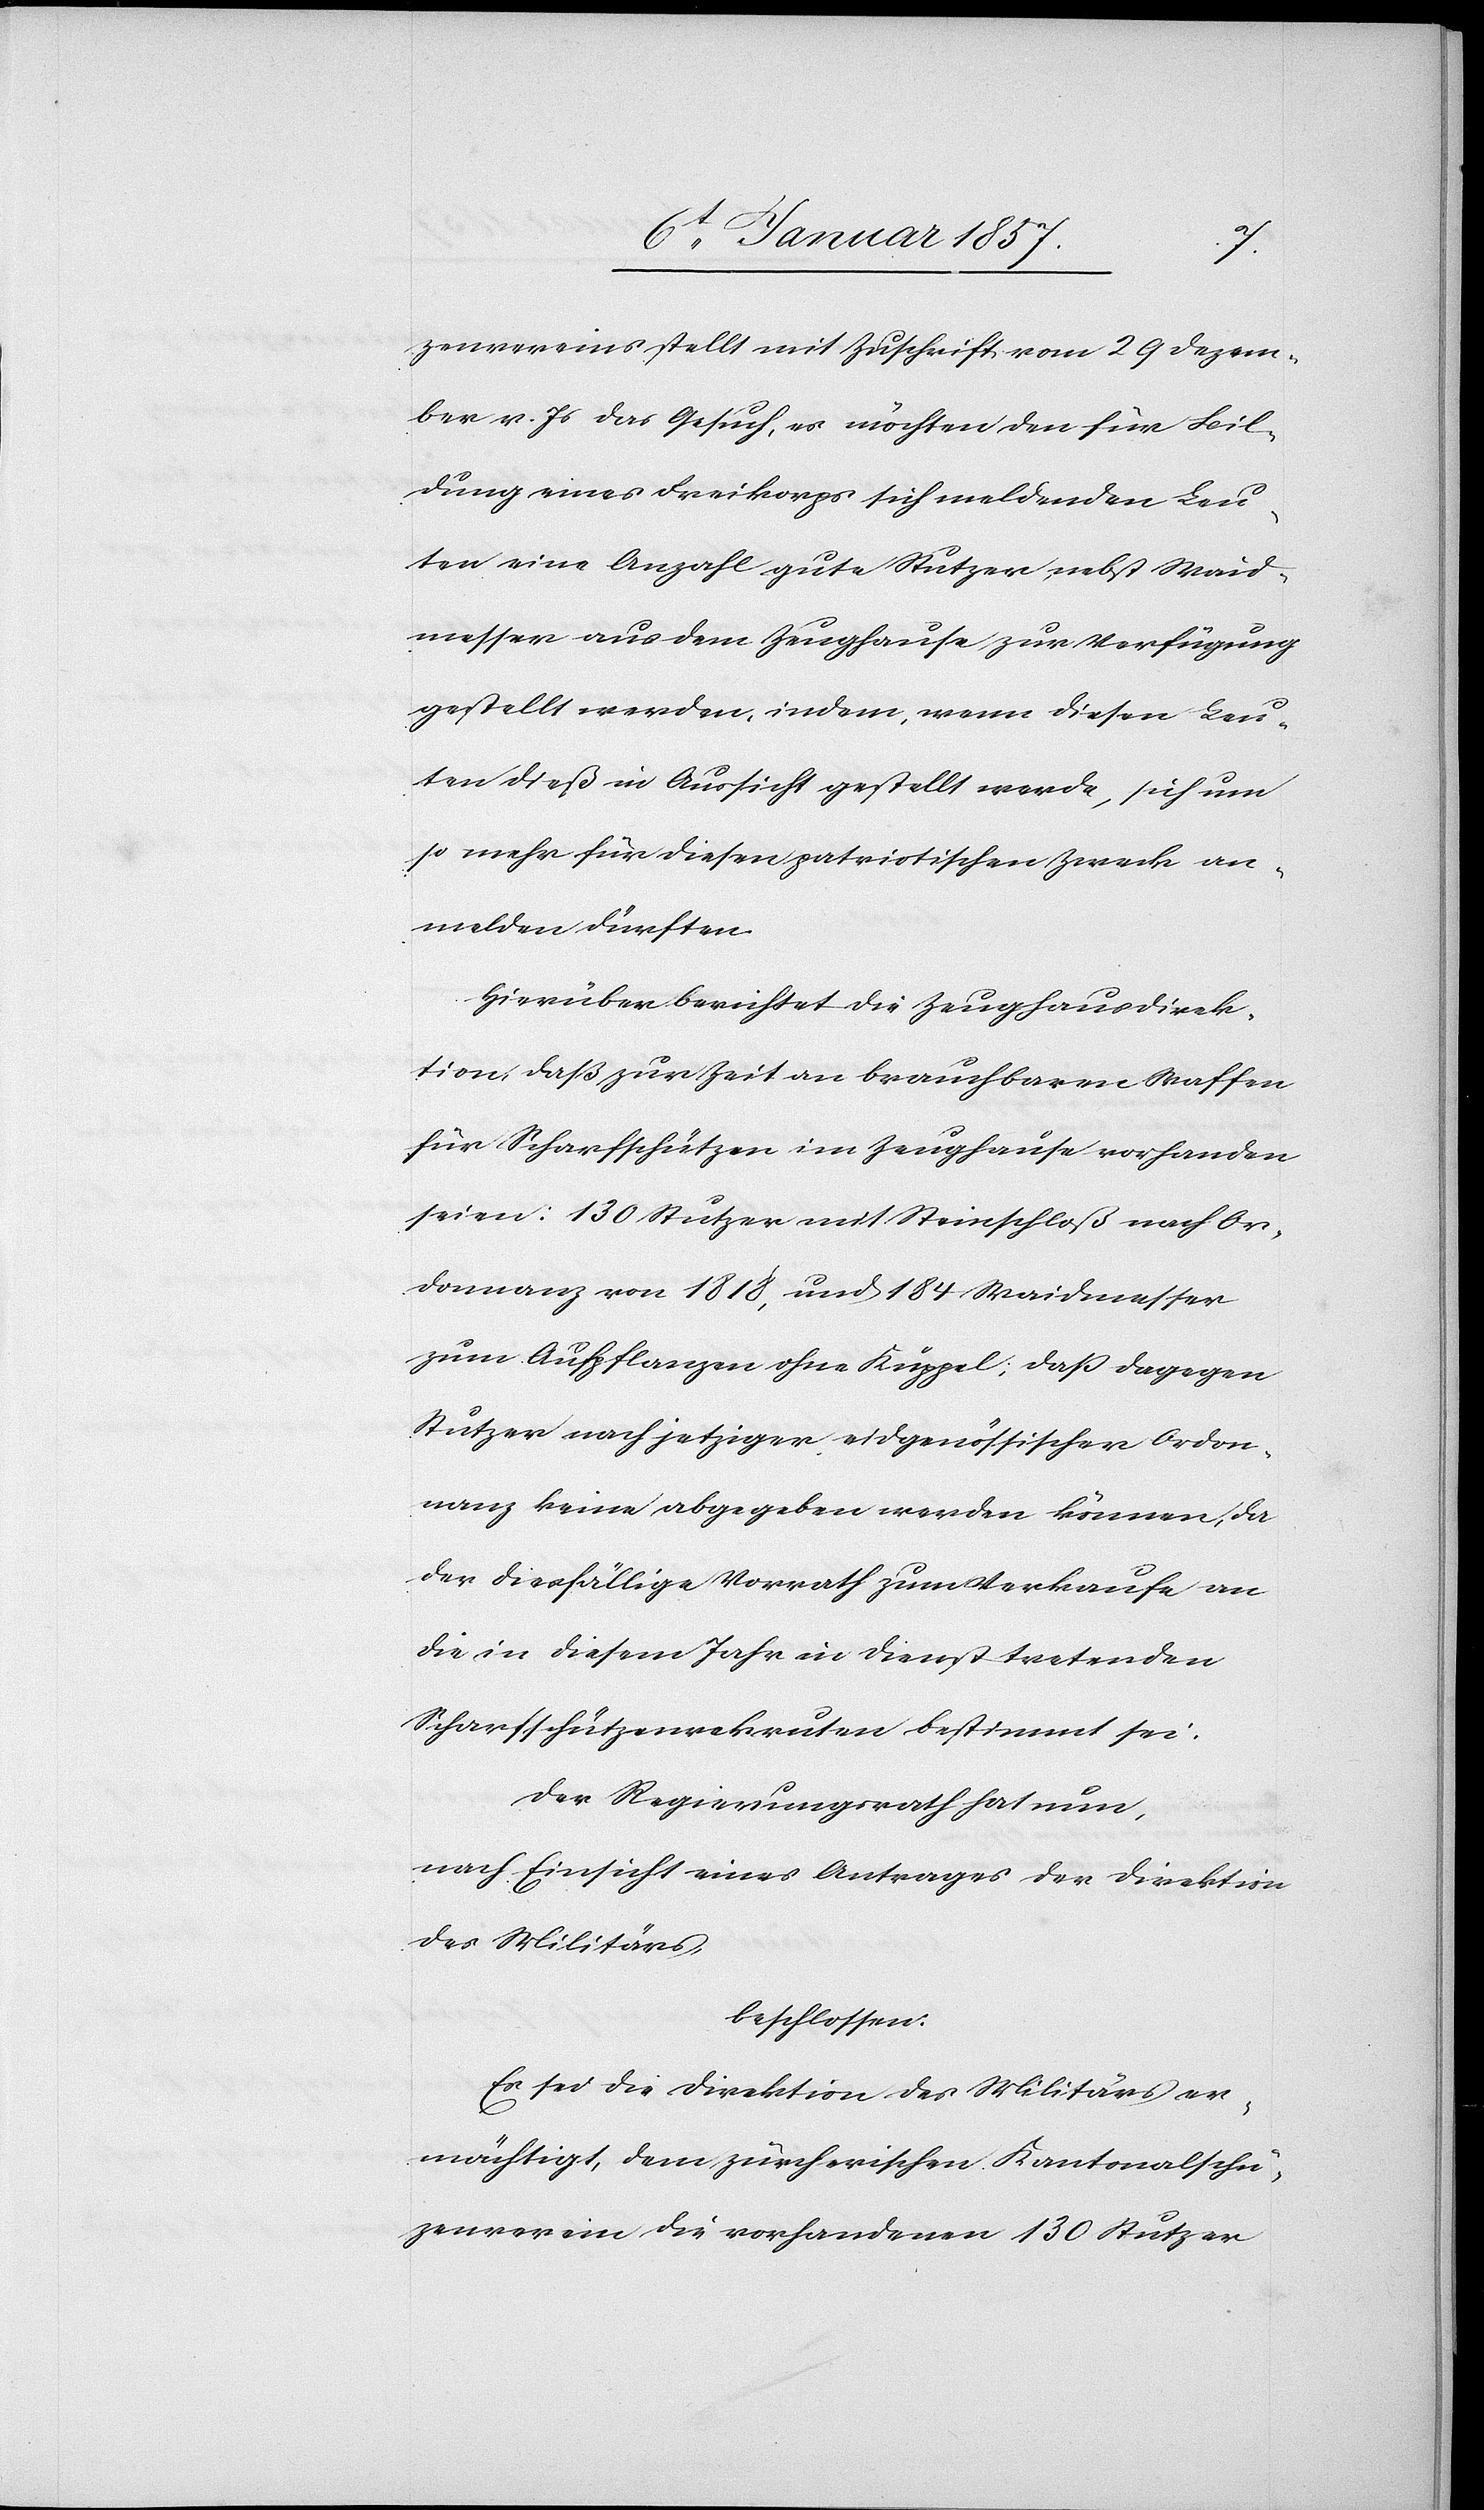
zenvereins stellt mit Zuschrift vom 29 Dezem¬
ber v. Js das Gesuch, es möchten den für Bil¬
dung eines Freikorps sich meldenden Leu¬
ten eine Anzahl gute Stutzer nebst Waid¬
messer aus dem Zeughause zur Verfügung
gestellt werden, indem, wenn diesen Leu¬
ten dieß in Aussicht gestellt werde, sich um
so mehr für diesen patriotischen Zweck an¬
melden dürften.
Hierüber berichtet die Zeughausdirek¬
tion, daß zur Zeit an brauchbaren Waffen
für Scharfschützen im Zeughause vorhanden
seien: 130 Stutzer mit Steinschloß nach Or¬
donnanz von 1818, und 184 Waidmesser
zum Aufpflanzen ohne Kuppel; daß dagegen
Stutzer nach jetziger eidgenössischer Ordon¬
nanz keine abgegeben werden können, da
der diesfällige Vorrath zum Verkaufe an
die in diesem Jahr in Dienst tretenden
Scharfschützenrekruten bestimmt sei.
Der Regierungsrath hat nun,
nach Einsicht eines Antrages der Direktion
des Militärs,
beschlossen:
Es sei die Direktion des Militärs er¬
mächtigt, dem zürcherischen Kantonalschü¬
zenverein die vorhandenen 130 Stutzer